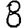
Digit: 8